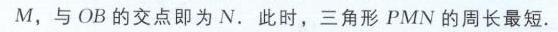
\(M\)，与\(OB\)的交点即为\(N\). 此时，三角形\(PMN\)的周长最短.